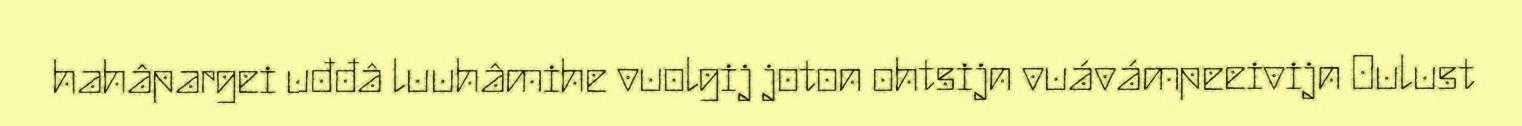
hahâpargei uđđâ luuhâmihe vuolgij joton ohtsijn vuávámpeeivijn Oulust